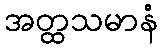
အတ္ထသမာနံ